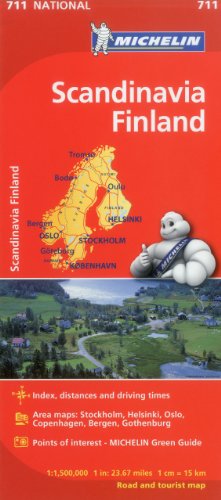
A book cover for Michelin Scandinavia Finland Map 711 (Maps/Country (Michelin)); Michelin Travel & Lifestyle; Travel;